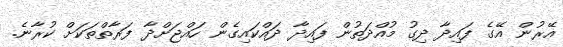
އޭރުން އޭގެ ފައިދާ ދިގު މުއްދަތުން ފައިދާ ދައްކައިގެން ހައްޖަށްދާ ފަރާތްތަކަށް ކުރާނެ.